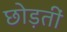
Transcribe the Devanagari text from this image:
छोड़तीं